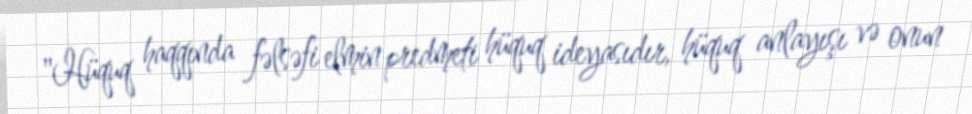
"Hüquq haqqında fəlsəfi elmin predmeti hüquq ideyasıdır, hüquq anlayışı və onun